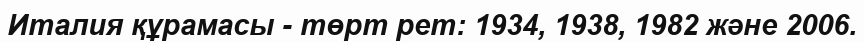
Италия құрамасы - төрт рет: 1934, 1938, 1982 және 2006.